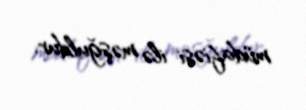
müdafiəsi ilə məşğuldur.